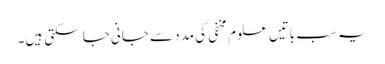
یہ سب باتیں علوم مخفی کی مدد سے جانی جا سکتی ہیں۔